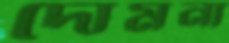
দোমনা